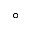
^ { \circ }